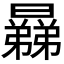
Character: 𣋥